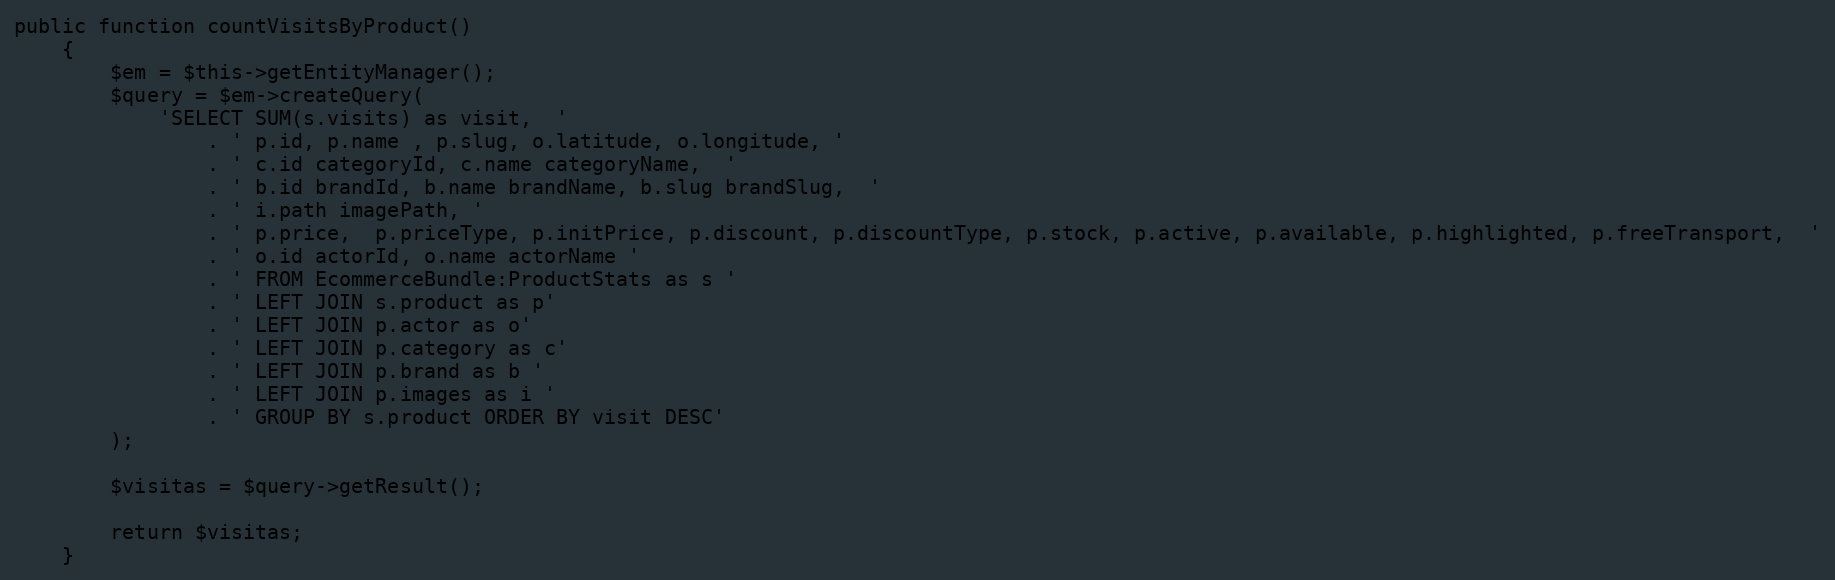
Language: PHP
public function countVisitsByProduct()
    {
        $em = $this->getEntityManager();
        $query = $em->createQuery(
            'SELECT SUM(s.visits) as visit,  '
                . ' p.id, p.name , p.slug, o.latitude, o.longitude, '
                . ' c.id categoryId, c.name categoryName,  '
                . ' b.id brandId, b.name brandName, b.slug brandSlug,  '
                . ' i.path imagePath, '
                . ' p.price,  p.priceType, p.initPrice, p.discount, p.discountType, p.stock, p.active, p.available, p.highlighted, p.freeTransport,  '
                . ' o.id actorId, o.name actorName '
                . ' FROM EcommerceBundle:ProductStats as s '
                . ' LEFT JOIN s.product as p'
                . ' LEFT JOIN p.actor as o'
                . ' LEFT JOIN p.category as c'
                . ' LEFT JOIN p.brand as b '
                . ' LEFT JOIN p.images as i '
                . ' GROUP BY s.product ORDER BY visit DESC'
        );

        $visitas = $query->getResult();

        return $visitas;
    }